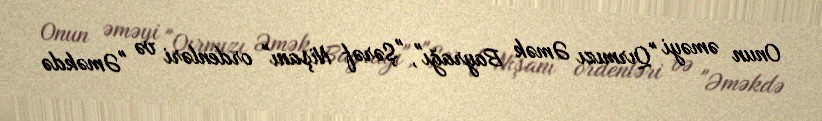
Onun əməyi "Qırmızı Əmək Bayrağı", "Şərəf Nişanı" ordenləri və "Əməkdə